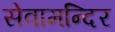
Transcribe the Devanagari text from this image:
सेवामन्दिर